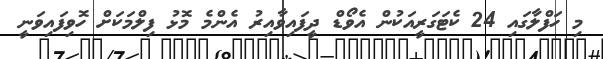
މި ހަފްލާގައި 24 ކެޓަގަރީއަކުން އެވޯޑް ދީފައިވާއިރު އެންމެ މޮޅު ފިލްމަކަށް ހޮވިފައިވަނީ